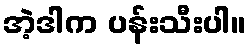
အဲ့ဒါက ပန်းသီးပါ။